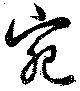
宛